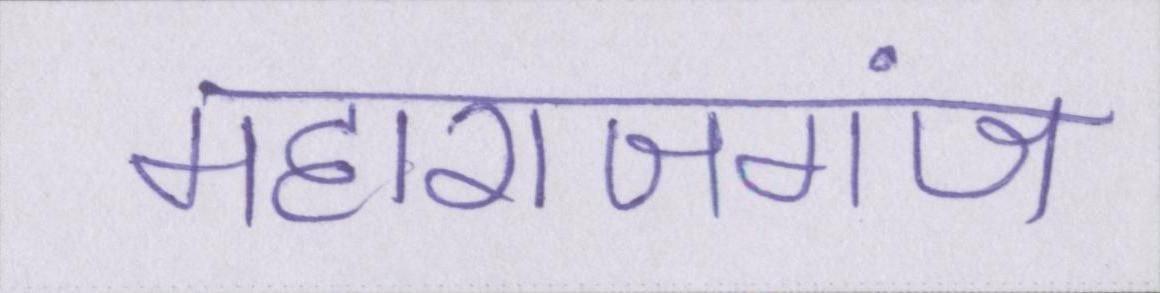
महाराजगंज